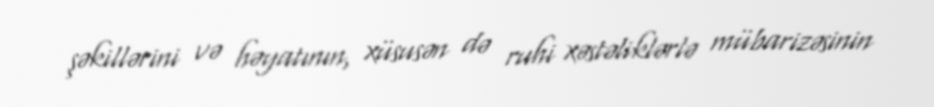
şəkillərini və həyatının, xüsusən də ruhi xəstəliklərlə mübarizəsinin